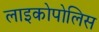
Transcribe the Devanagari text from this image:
लाइकोपोलिस